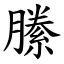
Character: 縢